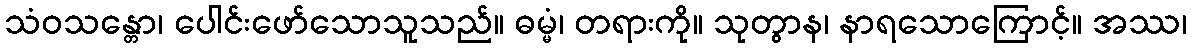
သံဝသန္တော၊ ပေါင်းဖော်သောသူသည်။ ဓမ္မံ၊ တရားကို။ သုတွာန၊ နာရသောကြောင့်။ အဿ၊